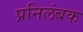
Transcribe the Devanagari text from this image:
प्रनिलंबक